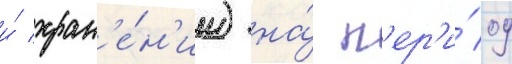
и́ хран'е́н'ии) на́ п'ер'и́од